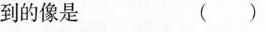
到的像是 ( )